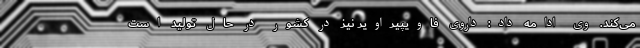
می‌کند. وی ادامه داد: داروی فاویپیراویر نیز در کشور در حال تولید است